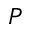
P